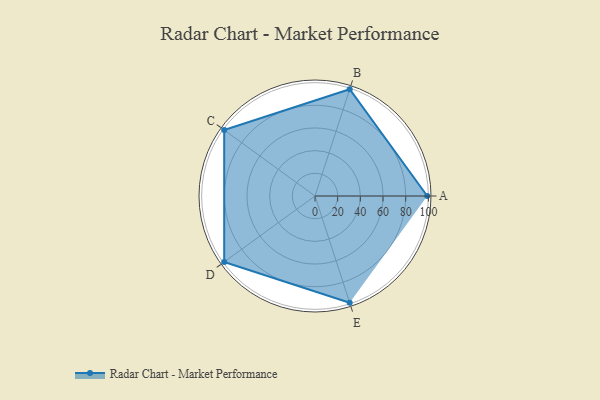
{"axis": {"x": "Skill", "y": "Score"}, "legend": ["Profile"], "data": [{"x": "A", "y": 99, "type": "Profile"}, {"x": "B", "y": 99, "type": "Profile"}, {"x": "C", "y": 99, "type": "Profile"}, {"x": "D", "y": 99, "type": "Profile"}, {"x": "E", "y": 99, "type": "Profile"}]}